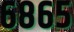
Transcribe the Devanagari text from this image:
६८६५